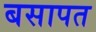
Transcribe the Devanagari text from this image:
बसापत